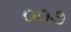
૦૦૭